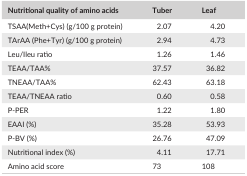
| Nutritional quality of amino acids | Tuber | Leaf |
 | --- | --- | --- |
 | TSAA(Meth+Cys) (g/100 g protein) | 2.07 | 4.20 |
 | TArAA (Phe+Tyr) (g/100 g protein) | 2.94 | 4.73 |
 | Leu/Ileu ratio | 1.26 | 1.46 |
 | TEAA/TAA% | 37.57 | 36.82 |
 | TNEAA/TAA% | 62.43 | 63.18 |
 | TEAA/TNEAA ratio | 0.60 | 0.58 |
 | P‐PER | 1.22 | 1.80 |
 | EAAI (%) | 35.28 | 53.93 |
 | P‐BV (%) | 26.76 | 47.09 |
 | Nutritional index (%) | 4.11 | 17.71 |
 | Amino acid score | 73 | 108 |